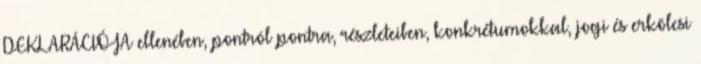
DEKLARÁCIÓJA ellenében, pontról pontra, részleteiben, konkrétumokkal, jogi és erkölcsi